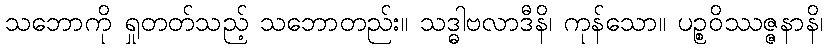
သဘောကို ရှုတတ်သည့် သဘောတည်း။ သဒ္ဓါဗလာဒီနိ၊ ကုန်သော။ ပဉ္စဝိဿဇ္ဇနာနိ၊